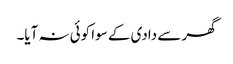
گھر سے دادی کے سوا کوئی نہ آیا۔